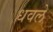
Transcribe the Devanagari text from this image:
धवलें